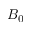
B _ { 0 }